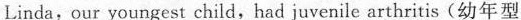
Linda, our youngest child,had juvenile arthritis(幼年型